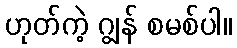
ဟုတ်ကဲ့ ဂျွန် စမစ်ပါ။